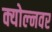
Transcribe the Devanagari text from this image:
क्योल्नवर